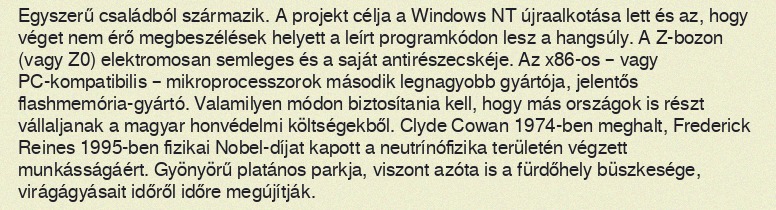
Egyszerű családból származik. A projekt célja a Windows NT újraalkotása lett és az, hogy véget nem érő megbeszélések helyett a leírt programkódon lesz a hangsúly. A Z-bozon (vagy Z0) elektromosan semleges és a saját antirészecskéje. Az x86-os – vagy PC-kompatibilis – mikroprocesszorok második legnagyobb gyártója, jelentős flashmemória-gyártó. Valamilyen módon biztosítania kell, hogy más országok is részt vállaljanak a magyar honvédelmi költségekből. Clyde Cowan 1974-ben meghalt, Frederick Reines 1995-ben fizikai Nobel-díjat kapott a neutrínófizika területén végzett munkásságáért. Gyönyörű platános parkja, viszont azóta is a fürdőhely büszkesége, virágágyásait időről időre megújítják.